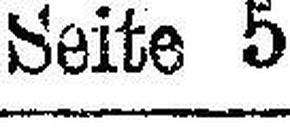
Seite 5